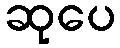
ဆုပေ